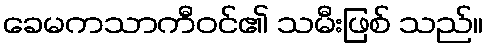
ခေမကသာကီဝင်၏ သမီးဖြစ် သည်။